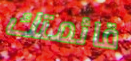
قائمتك